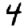
Digit: 4